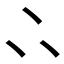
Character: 𠁼